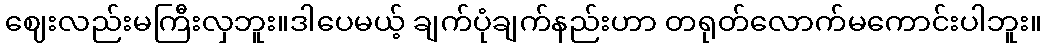
ဈေးလည်းမကြီးလှဘူး။ဒါပေမယ့် ချက်ပုံချက်နည်းဟာ တရုတ်လောက်မကောင်းပါဘူး။